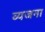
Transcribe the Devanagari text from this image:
व्यजना